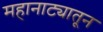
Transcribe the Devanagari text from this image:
महानाट्यातून